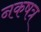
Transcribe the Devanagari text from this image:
नकषत्र